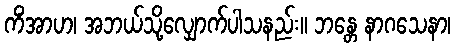
ကိံအာဟ၊ အဘယ်သို့လျှောက်ပါသနည်း။ ဘန္တေ နာဂသေနာ၊